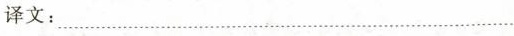
译文：___